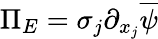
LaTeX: \Pi_{E}=\sigma_{j}\partial_{x_{j}}\overline{{\psi}}